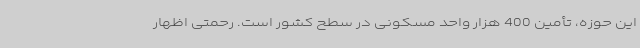
این حوزه، تأمین 400 هزار واحد مسکونی در سطح کشور است. رحمتی اظهار